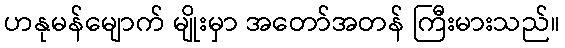
ဟနုမန်မျောက် မျိုးမှာ အတော်အတန် ကြီးမားသည်။